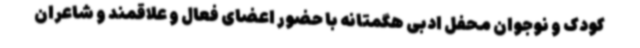
کودک و نوجوان محفل ادبی هگمتانه با حضور اعضای فعال و علاقمند و شاعران